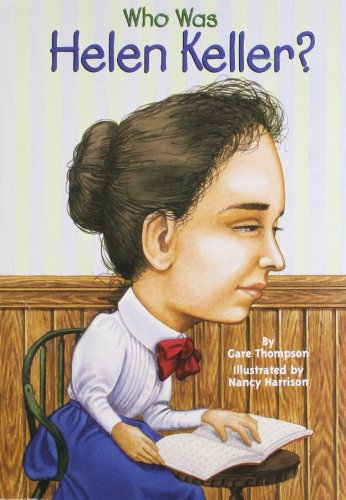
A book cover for Who Was Helen Keller?; Gare Thompson; Children's Books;